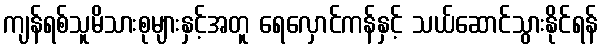
ကျန်ရစ်သူမိသားစုများနှင့်အတူ ရေလှောင်ကန်နှင့် သယ်ဆောင်သွားနိုင်ရန်